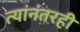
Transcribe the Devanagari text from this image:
त्यांनंतरही